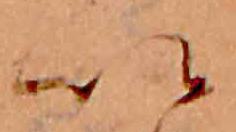
い